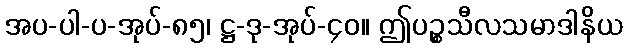
အပ-ပါ-ပ-အုပ်-၈၅၊ ဋ္ဌ-ဒု-အုပ်-၄၀။ ဤပဉ္စသီလသမာဒါနိယ